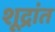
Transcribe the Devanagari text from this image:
शूद्रांत